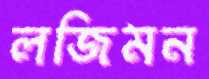
লজিমন